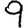
Digit: 9